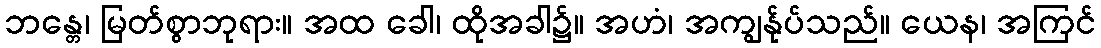
ဘန္တေ၊ မြတ်စွာဘုရား။ အထ ခေါ၊ ထိုအခါ၌။ အဟံ၊ အကျွန်ုပ်သည်။ ယေန၊ အကြင်